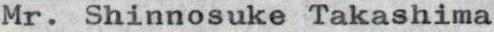
Mr. Shinnosuke Takashima